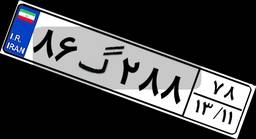
۸۶گ۲۸۸۷۸